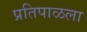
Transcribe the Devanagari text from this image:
प्रतिपाळला